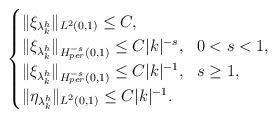
LaTeX: \begin{align*}\begin{cases}\|\xi_{\lambda^h_k}\|_{L^2(0,1)}\leq C, \\\|\xi_{\lambda^h_k}\|_{ H^{-s}_{per}(0,1)}\leq C|k|^{-s}, \ \ 0<s<1 , \\\|\xi_{\lambda^h_k}\|_{H^{-s}_{per}(0,1)}\leq C|k|^{-1}, \ \ s\geq 1, \\\|\eta_{\lambda^h_k}\|_{L^2(0,1)}\leq C|k|^{-1}.\end{cases}\end{align*}